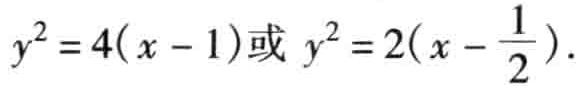
\(y^{2}=4(x - 1)或y^{2}=2(x-\frac{1}{2})\)